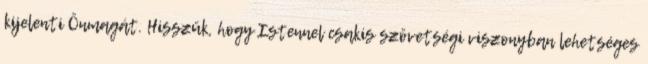
kijelenti Önmagát. Hisszük, hogy Istennel csakis szövetségi viszonyban lehetséges